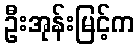
ဦးအုန်းမြင့်က